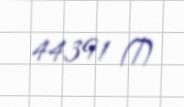
44391 ₼